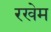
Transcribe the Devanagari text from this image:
रखेम